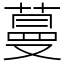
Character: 蔓